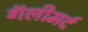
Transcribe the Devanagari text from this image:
गॅलीमर्द